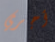
أجري